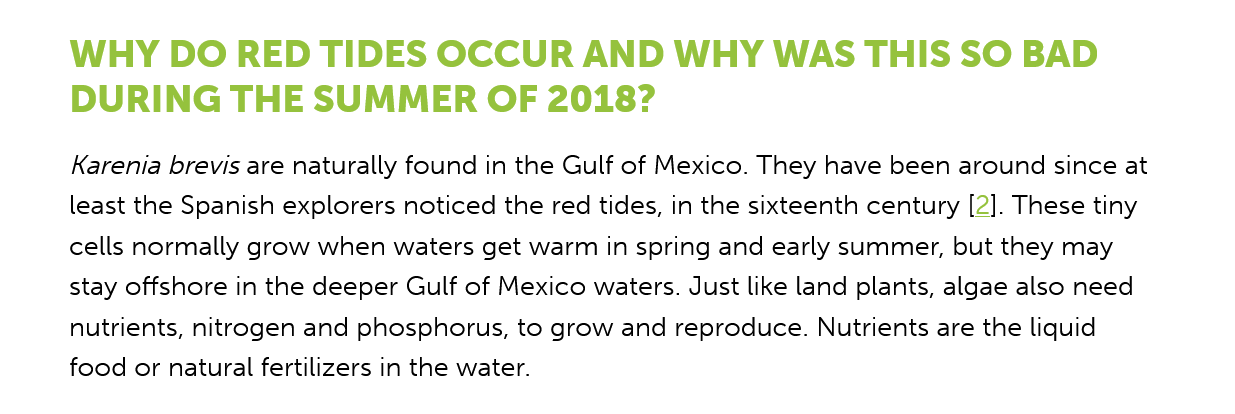
WHY DO    RED   TIDES   OCCUR    AND   WHY  WAS    THIS    SO  BAD
     DURING    THE   SUMMER    OF    2018?
     Karenia brevis are naturally found in the Gulf of Mexico. They have been around since at
     least the Spanish explorers noticed the red tides, in the sixteenth century [2]. These tiny
     cells normally grow when waters get warm in spring and early summer, but they may
     stay offshore in the deeper Gulf of Mexico waters. Just like land plants, algae also need
     nutrients, nitrogen and phosphorus, to grow and reproduce. Nutrients are the liquid
     food or natural fertilizers in the water.